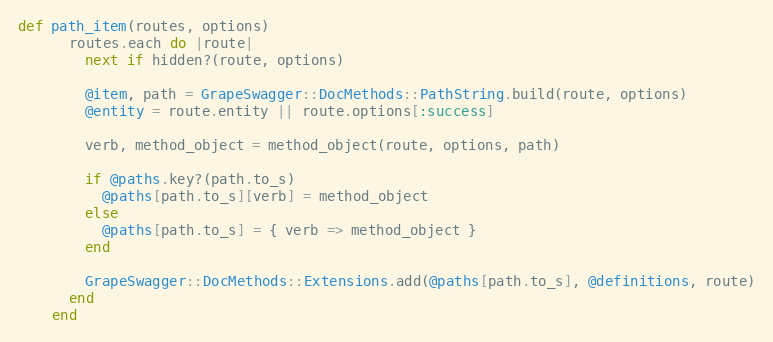
Language: Ruby
def path_item(routes, options)
      routes.each do |route|
        next if hidden?(route, options)

        @item, path = GrapeSwagger::DocMethods::PathString.build(route, options)
        @entity = route.entity || route.options[:success]

        verb, method_object = method_object(route, options, path)

        if @paths.key?(path.to_s)
          @paths[path.to_s][verb] = method_object
        else
          @paths[path.to_s] = { verb => method_object }
        end

        GrapeSwagger::DocMethods::Extensions.add(@paths[path.to_s], @definitions, route)
      end
    end